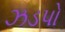
ઝડપો